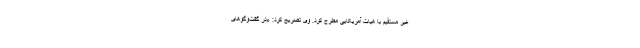
غیر مستقیم با هیات آمریکایی مطرح کرد. وی تصریح کرد: «در گفت‌وگوهای